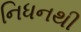
નિધનથી